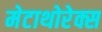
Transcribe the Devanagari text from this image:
मेटाथोरेक्स